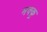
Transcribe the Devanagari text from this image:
मक्‍कू